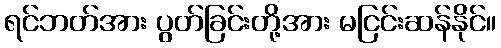
ရင်ဘတ်အား ပွတ်ခြင်းတို့အား မငြင်းဆန်နိုင်။